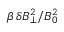
\beta \, \delta B _ { \perp } ^ { 2 } / B _ { 0 } ^ { 2 }